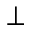
\perp